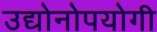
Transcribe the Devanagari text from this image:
उद्योनोपयोगी